Lunatic asylums Central Provinces reports 1886-1894 - 1886-1894
Year: 1886
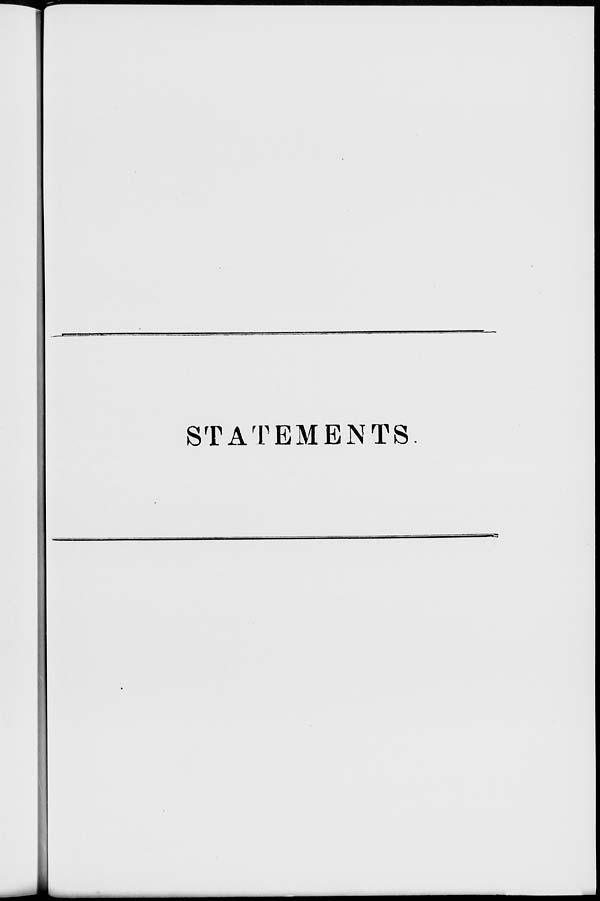
STATEMENTS.